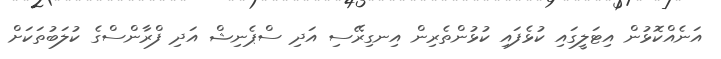
އަނެއްކޮޅުން އިޓަލީގައި ކުޅެފައި ކުޅުންތެރިން އިނގިރޭސި އަދި ސްޕެނިޝް އަދި ފްރާންސްގެ ކުލަބުތަކަށް